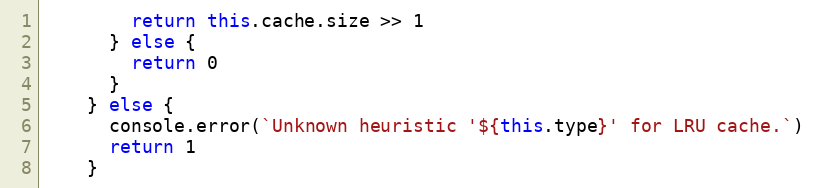
Language: JavaScript
        return this.cache.size >> 1
      } else {
        return 0
      }
    } else {
      console.error(`Unknown heuristic '${this.type}' for LRU cache.`)
      return 1
    }